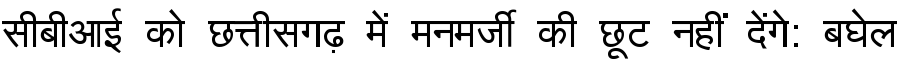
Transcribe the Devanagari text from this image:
सीबीआई को छत्तीसगढ़ में मनमर्जी की छूट नहीं देंगे: बघेल